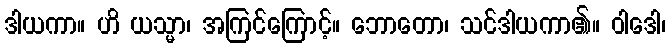
ဒါယကာ။ ဟိ ယသ္မာ၊ အကြင်ကြောင့်။ ဘောတော၊ သင်ဒါယကာ၏။ ဝါဒေါ၊